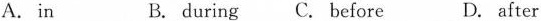
A.in B. during C. Before D. after